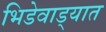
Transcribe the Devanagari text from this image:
भिडेवाड्यात